Annual returns of the Patna Lunatic Asylum at Bankipore in Bihar and Orissa - 1912-1924
Year: 1912
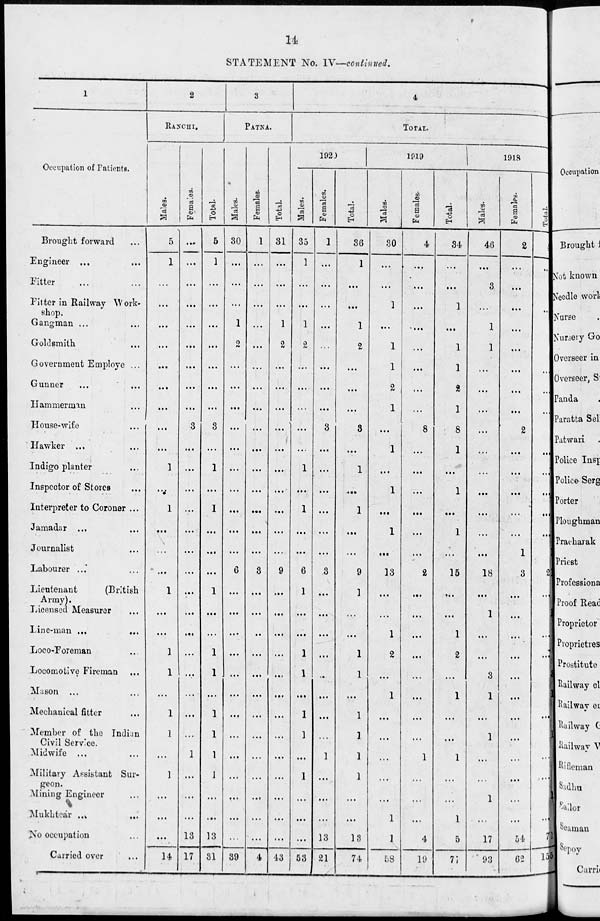
14
STATEMENT No. IV—continued.
1
Occupation of Patients.
Brought forward ...
Engineer ... ...
Fitter... ...
Fitter in Railway Work-
shop.
Gangman ... ...
Goldsmith...
Government Employe ...
Gunner ... ...
Hammerman ...
House-wife...
Hawker ... ...
Indigo plante
Inspector of Stores...
Interpreter to Coroner ...
Jamadar ... ...
Journalist...
Labourer ...
Lieutenant
(British
Army)
Licensed Measurer...
Line-man ...
...
Loco-Foreman...
Locomotive Fireman...
Mason... ...
Mechanical fitter...
Member of the Indian
Civil Service.
Midwife ... ...
Military Assistant Sur-
geon.
Mining Engineer...
Mukhtear ...
No occupation...
Carried over...
2
RANCHI.
Males.
5
1
...
...
...
...
...
...
...
...
...
1
...
1
...
...
...
1
...
...
1
1
...
1
1
...
1
...
...
...
14
Females.
...
...
...
...
...
...
...
...
...
3
...
...
...
...
...
...
...
...
...
...
...
...
...
...
...
1
...
...
...
13
17
Total
5
1
...
...
...
...
...
...
...
3
...
1
...
1
...
...
...
1
...
...
1
1
...
1
1
1
1
...
...
13
31
3
PATNA.
Males.
30
...
...
...
1
2
...
...
...
...
...
...
...
...
...
...
6
...
...
...
...
...
...
...
...
...
...
...
...
...
39
Females.
1
...
...
...
...
...
...
...
...
...
...
...
...
...
...
...
3
...
...
...
...
...
...
...
...
...
...
...
...
...
4
Total.
31
...
...
...
1
2
...
...
...
...
...
...
...
...
...
...
9
...
...
...
...
...
...
...
...
...
...
...
...
...
43
4
TOTAL.
1920
Males.
35
1
...
...
1
2
...
...
...
...
...
1
...
1
...
...
6
1
...
...
1
1
...
1
1
...
1
...
...
...
53
Females.
1
...
...
...
...
...
...
...
...
3
...
...
...
...
...
...
3
...
...
...
...
...
...
...
...
1
...
...
...
13
21
Total.
36
1
...
...
1
2
...
...
...
3
...
1
...
1
...
...
9
1
...
...
1
1
...
1
1
1
1
...
...
13
74
1019
Males.
30
...
...
1
...
1
1
2
1
...
1
...
1
...
1
...
13
...
...
1
2
...
1
...
...
...
...
...
1
1
58
Females.
4
...
...
...
...
...
...
...
...
8
...
...
...
...
...
...
2
...
...
...
...
...
...
...
...
1
...
...
...
4
19
Total.
34
...
...
1
...
1
1
2
1
8
1
...
1
...
1
...
15
...
...
1
2
...
1
...
...
1
...
...
1
5
77
1918
Males.
46
...
3
...
1
1
...
...
...
...
...
...
...
...
...
...
18
...
1
...
...
3
1
...
1
...
1
...
17
93
Females.
2
...
...
...
...
...
...
...
...
2
...
...
...
...
...
1
3
...
...
...
...
...
...
...
...
...
...
...
...
54
62
Total.
48
...
...
1
1
...
...
...
2
...
...
...
...
...
1
21
...
1
...
...
3
1
...
1
...
...
1
...
71
155